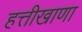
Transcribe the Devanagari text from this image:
हत्तीखाणा